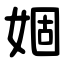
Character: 婟